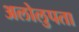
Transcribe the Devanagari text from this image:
अलोलुपता